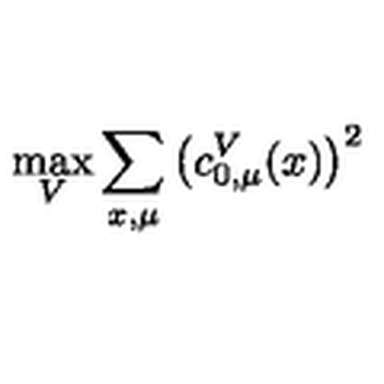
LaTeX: \max _ { V } \sum _ { x , \mu } \left( c _ { 0 , \mu } ^ { V } ( x ) \right) ^ { 2 }